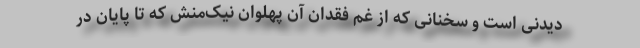
دیدنی است و سخنانی که از غم فقدان آن پهلوان نیک‌منش که تا پایان در